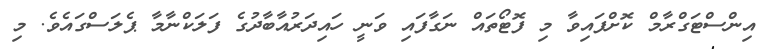
އިންސްޓަގްރާމް ކޮށްފައިވާ މި ފޮޓޯތައް ނަގާފައި ވަނީ ހައިދަރުއާބާދުގެ ފަލަކްނާމާ ޕެލަސްގައެވެ. މި